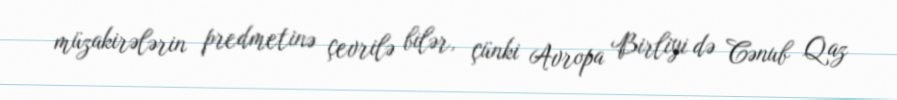
müzakirələrin predmetinə çevrilə bilər, çünki Avropa Birliyi də Cənub Qaz